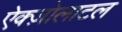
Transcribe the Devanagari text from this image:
ऐक्ज़ोलाटल